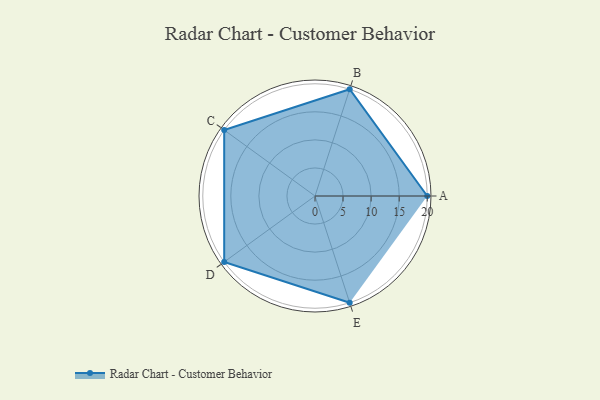
{"axis": {"x": "Skill", "y": "Score"}, "legend": ["Profile"], "data": [{"x": "A", "y": 20.0, "type": "Profile"}, {"x": "B", "y": 20, "type": "Profile"}, {"x": "C", "y": 20, "type": "Profile"}, {"x": "D", "y": 20, "type": "Profile"}, {"x": "E", "y": 20, "type": "Profile"}]}